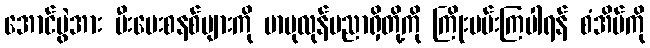
အောင်ပွဲအား မီးပေးစနစ်များကို ဗာဗုလုန်ပညာရှိတို့ကို ကြိုးပမ်းကြပါရန် စံအိမ်ကို